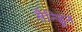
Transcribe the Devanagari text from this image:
सैन्ड्रिन